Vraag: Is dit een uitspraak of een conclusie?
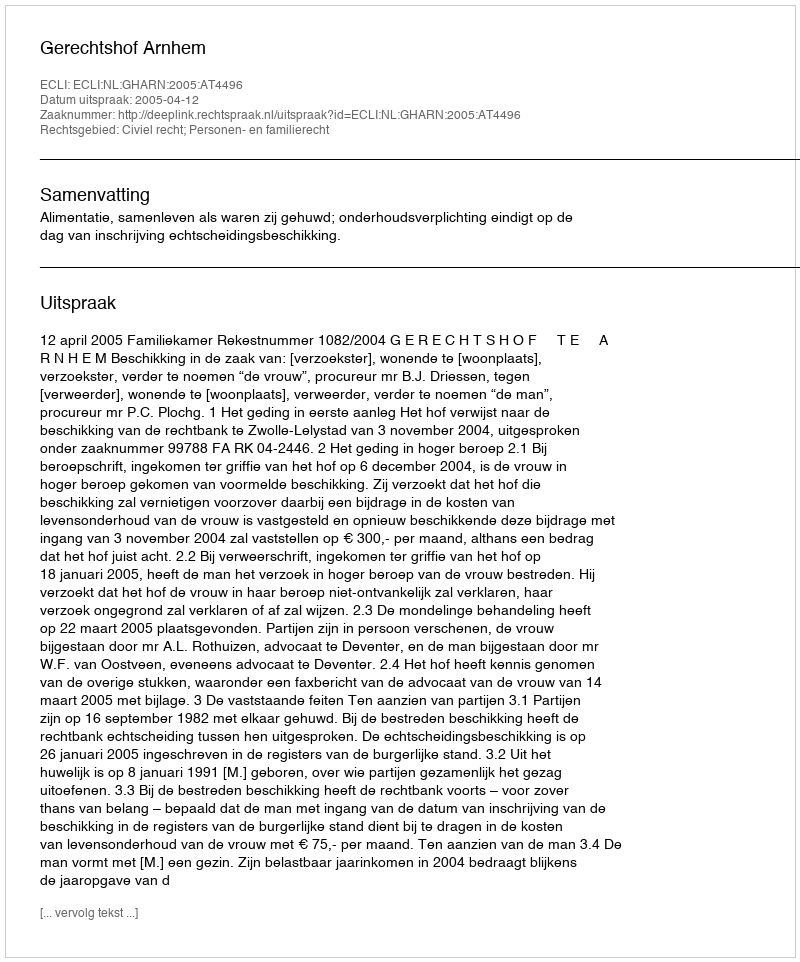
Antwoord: Uitspraak